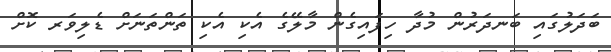
ބަދަލުގައި ބަނދަރުން މުދާ ހިފައިގެން މާލޭގެ އެކި އެކި ތަންތަނަށް ޑެލިވަރ ކޮށް